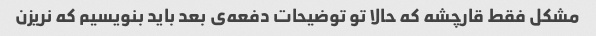
مشکل فقط قارچشه که حالا تو توضیحات دفعه‌ی بعد باید بنویسیم که نریزن